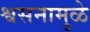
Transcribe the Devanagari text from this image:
श्वसनामुळे